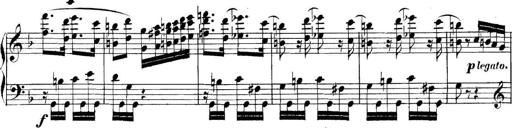
Title: Collected Piano Sonatas
Composer: Muzio Clementi